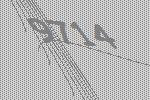
9714